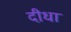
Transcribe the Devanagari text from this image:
दीधा